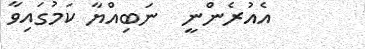
އެއުރެންނީ  ނަބިއްޔާ ކަމުގައިވާ